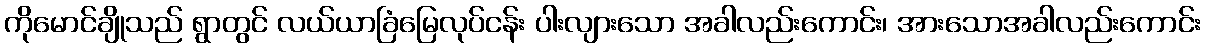
ကိုမောင်ချိုသည် ရွာတွင် လယ်ယာခြံမြေလုပ်ငန်း ပါးလျားသော အခါလည်းကောင်း၊ အားသောအခါလည်းကောင်း